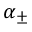
\alpha _ { \pm }